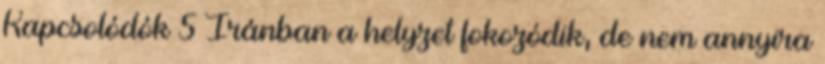
Kapcsolódók 5 Iránban a helyzet fokozódik, de nem annyira